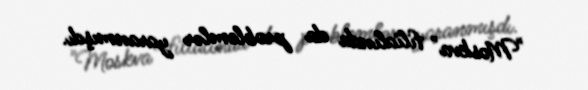
"Moskva" filialında da problemlər yaranmışdı.